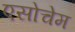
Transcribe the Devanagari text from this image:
एसोचेम